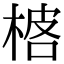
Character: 𬃓